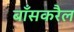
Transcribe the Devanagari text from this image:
बाँसकरैल